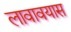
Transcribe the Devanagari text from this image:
लावावयास